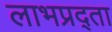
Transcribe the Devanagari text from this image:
लाभप्रद्ता